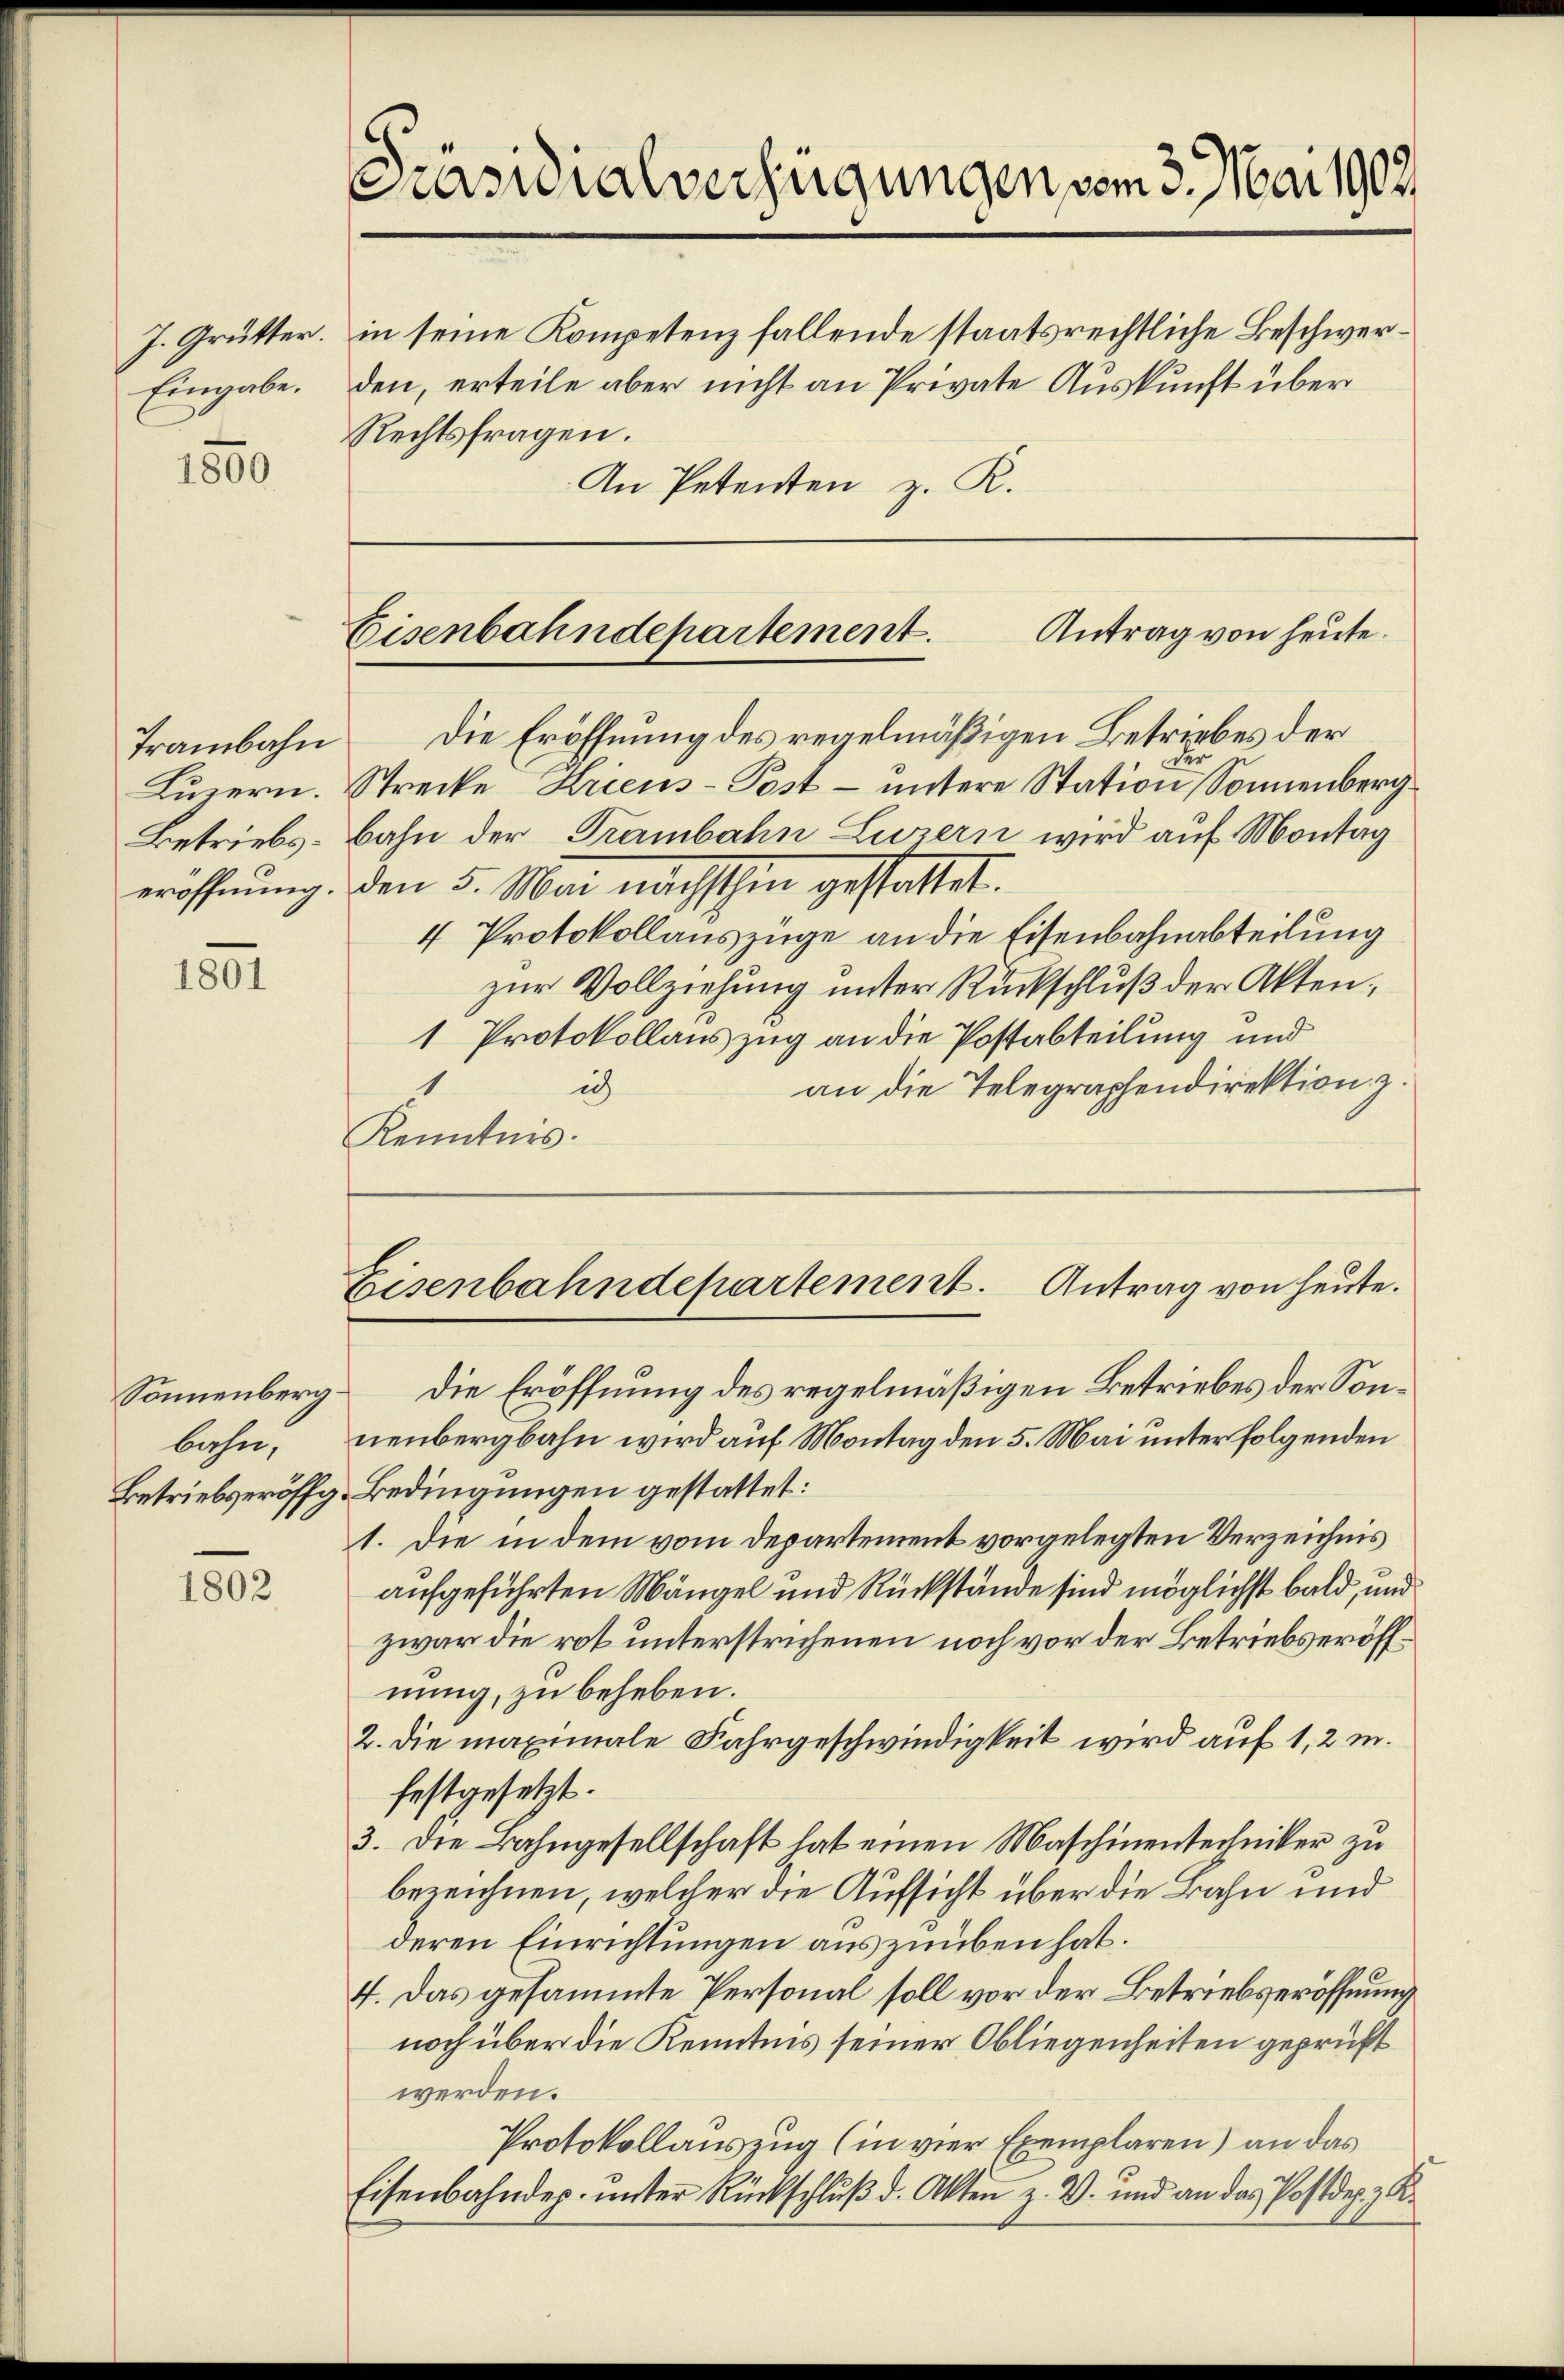
Eingabe.

1860

Trambahn

1801

bahn,

1802

[Präsidialverfügungen vom 3. Mai 1902

Rechtsfragen.
An Petenten z. R.

J. Grütter. in seine Kompetenz fallende staatsrechtliche Beschwerden, erteile aber nicht an Private Auskunft über

Antrag von heute.
Eisenbahndepartement.

Eisenbahndepartement. Antrag von heute.

Sonnenberg die Eröffnung des regelmäßigen Betriebes der Sonnenbergbahn wird auf Montag den 5. Mai unter folgenden
Betriebseröffg-Bedingungen gestattet:
1. Die in dem vom Departement vorgelegten Verzeichnis
aufgeführten Mängel und Rückstände sind möglichst bald, und
zwar die rot unterstrichenen noch vor der Betriebseröffnung, zu beheben.
2. die maximale Fahrgeschwindigkeit wird auf 1,2 m.
festgesetzt.
3. Die Bahngesellschaft hat einen Maschinentechniker zu
bezeichnen, welcher die Aufsicht über die Bahn und
deren Einrichtungen auszuüben hat.
4. Das gesammte Personal soll vor der Betriebseröffnung
noch über die Kenntnis seiner Obliegenheiten geprüft
werden.
Protokollauszug (in vier Exemplaren) an das
Eisenbahndep. unter Rückschluß d. Akten z. B. und an das Postdep. K.

Die Eröffnung des regelmäßigen Betriebes der
Luzern. Strecke Kriens-Post- untere Station Sonnenberg¬
Betriebs-Bahn der Trambahn Luzern wird auf Montag
eröffnung. Den 5. Mai nächsthin gestattet.
4 Protokollauszüge an die Eisenbahnabteilung
zur Vollziehung unter Rückschluß der Akten,
1 Protokollauszug an die Postabteilung und
ich
an die Telegraphendirektion z.
Kenntnis.